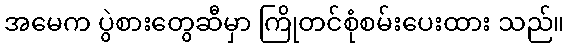
အမေက ပွဲစားတွေဆီမှာ ကြိုတင်စုံစမ်းပေးထား သည်။